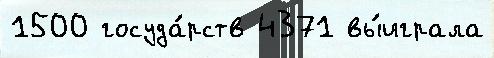
1500 госуда́рств 4371 вы́играла